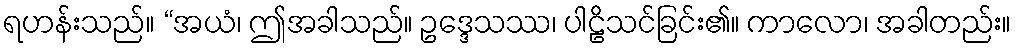
ရဟန်းသည်။ “အယံ၊ ဤအခါသည်။ ဥဒ္ဒေသဿ၊ ပါဠိသင်ခြင်း၏။ ကာလော၊ အခါတည်း။